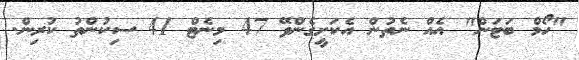
"ހޯމް ބަޓަން" އެއް ނެތުން އެކަށީގެންވޭ 47 މިނެޓް 41 ސިކުންތު ކުރިން.